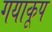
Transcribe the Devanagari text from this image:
गयाकूप